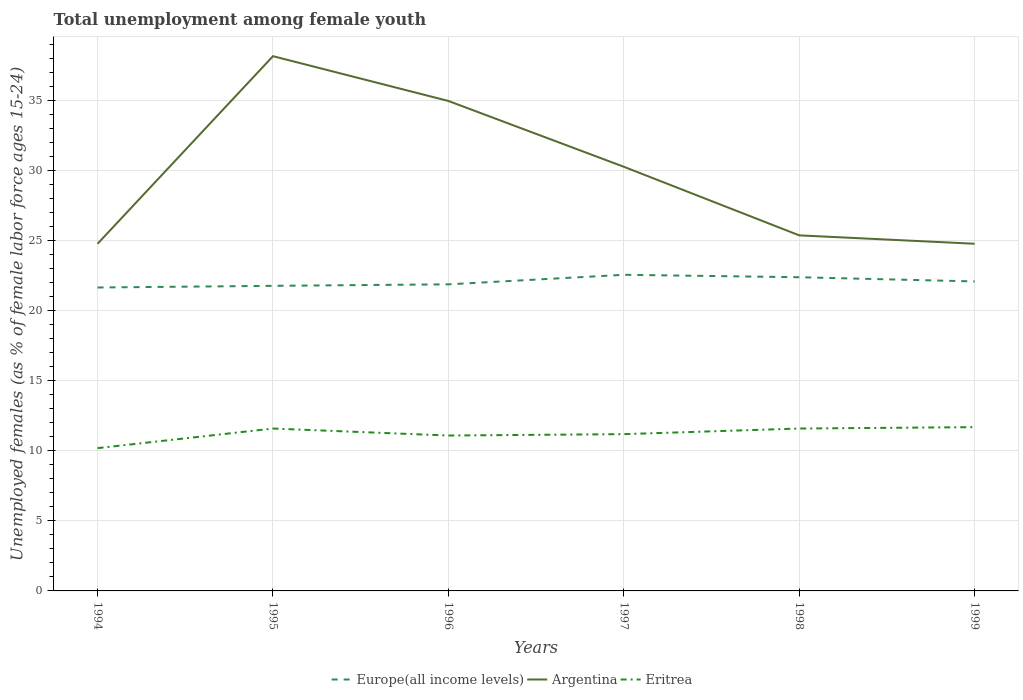
| Years | Europe(all income levels) | Argentina | Eritrea |
 | --- | --- | --- | --- |
 | 1994 | 21.7 | 24.8 | 10.2 |
 | 1995 | 21.8 | 38.2 | 11.6 |
 | 1996 | 21.9 | 35 | 11.1 |
 | 1997 | 22.6 | 30.3 | 11.2 |
 | 1998 | 22.4 | 25.4 | 11.6 |
 | 1999 | 22.1 | 24.8 | 11.7 |